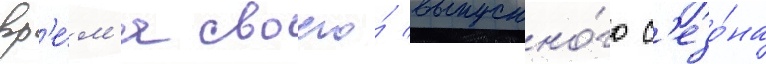
вр'е́м'я своего́ выпускно́го с'езо́на